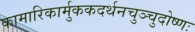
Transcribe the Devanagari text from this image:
कामारिकार्मुककदर्थनचुञ्चुदोष्णः